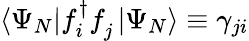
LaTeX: \langle\Psi_{N}|f_{i}^{\dagger}f_{j}^{\phantom{\dagger}}|\Psi_{N}\rangle\equiv\gamma_{ji}